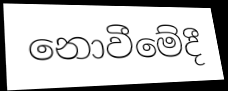
නොවීමේදී